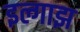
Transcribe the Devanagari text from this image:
इल्गाझ